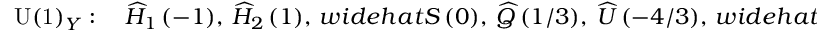
\mathrm { U ( 1 ) } _ { Y } : \quad \widehat { H } _ { 1 } \, ( - 1 ) , \ \widehat { H } _ { 2 } \, ( 1 ) , \, w i d e h a t { S } \, ( 0 ) , \ \widehat { Q } \, ( 1 / 3 ) , \ \widehat { U } \, ( - 4 / 3 ) , \, w i d e h a t { D } \, ( 2 / 3 ) , \ \widehat { L } \, ( - 1 ) , \ \widehat { E } \, ( 2 ) \, ,